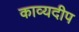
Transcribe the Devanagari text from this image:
काव्यदीप